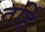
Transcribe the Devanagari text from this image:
तर्हि